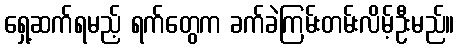
ရှေ့ဆက်ရမည့် ရက်တွေက ခက်ခဲကြမ်းတမ်းလိမ့်ဦးမည်။